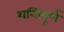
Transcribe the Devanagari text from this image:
शन्तिपूर्ण